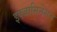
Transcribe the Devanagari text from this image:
इक्जामिनेशन